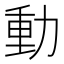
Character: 動